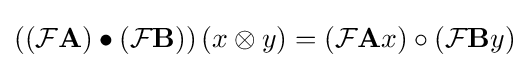
\left(({\mathcal {F}}\mathbf {A} )\bullet ({\mathcal {F}}\mathbf {B} )\right)(x\otimes y)=({\mathcal {F}}\mathbf {A} x)\circ ({\mathcal {F}}\mathbf {B} y)